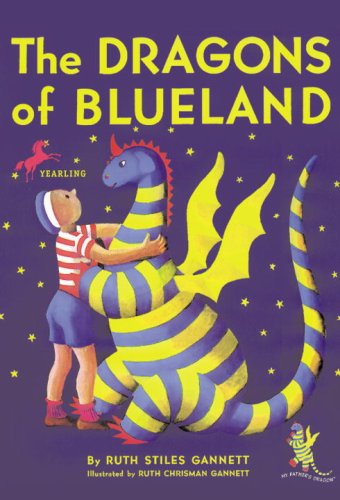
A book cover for The Dragons of Blueland (My Father's Dragon); Ruth Stiles Gannett; Children's Books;